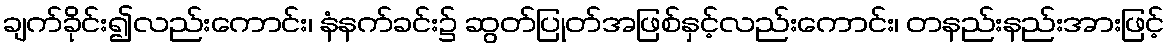
ချက်ခိုင်း၍လည်းကောင်း၊ နံနက်ခင်း၌ ဆွတ်ပြုတ်အဖြစ်နှင့်လည်းကောင်း၊ တနည်းနည်းအားဖြင့်